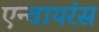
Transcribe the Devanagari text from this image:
एन्वायरंस